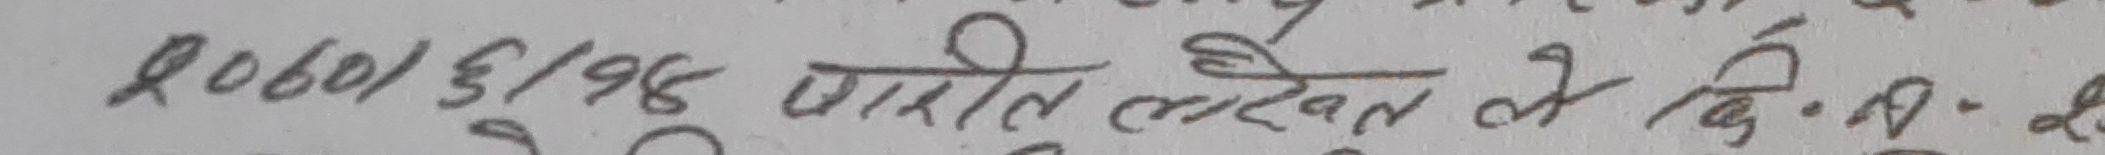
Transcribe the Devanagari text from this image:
२०६०/१९८ पारित लिखत ले दि. ०२-०२